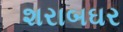
શરાબઘર